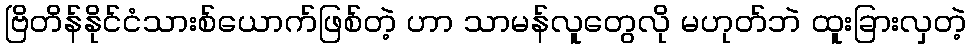
ဗြိတိန်နိုင်ငံသားစ်ယောက်ဖြစ်တဲ့ ဟာ သာမန်လူတွေလို မဟုတ်ဘဲ ထူးခြားလှတဲ့